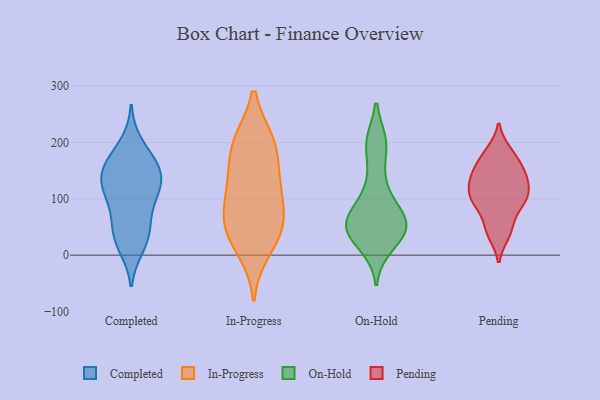
{"axis": {"x": "Tickets Resolved", "y": "Value"}, "legend": ["Completed", "In-Progress", "On-Hold", "Pending"], "data": [{"x": "", "y": 198, "type": "Completed"}, {"x": "", "y": 159, "type": "Completed"}, {"x": "", "y": 164, "type": "Completed"}, {"x": "", "y": 22, "type": "Completed"}, {"x": "", "y": 112, "type": "Completed"}, {"x": "", "y": 125, "type": "Completed"}, {"x": "", "y": 147, "type": "Completed"}, {"x": "", "y": 14, "type": "Completed"}, {"x": "", "y": 139, "type": "Completed"}, {"x": "", "y": 170, "type": "Completed"}, {"x": "", "y": 37, "type": "Completed"}, {"x": "", "y": 52, "type": "Completed"}, {"x": "", "y": 132, "type": "Completed"}, {"x": "", "y": 59, "type": "Completed"}, {"x": "", "y": 100, "type": "Completed"}, {"x": "", "y": 101, "type": "Completed"}, {"x": "", "y": 134, "type": "In-Progress"}, {"x": "", "y": 78, "type": "In-Progress"}, {"x": "", "y": 43, "type": "In-Progress"}, {"x": "", "y": 10, "type": "In-Progress"}, {"x": "", "y": 50, "type": "In-Progress"}, {"x": "", "y": 197, "type": "In-Progress"}, {"x": "", "y": 136, "type": "In-Progress"}, {"x": "", "y": 52, "type": "In-Progress"}, {"x": "", "y": 200, "type": "In-Progress"}, {"x": "", "y": 106, "type": "In-Progress"}, {"x": "", "y": 200, "type": "In-Progress"}, {"x": "", "y": 49, "type": "On-Hold"}, {"x": "", "y": 68, "type": "On-Hold"}, {"x": "", "y": 49, "type": "On-Hold"}, {"x": "", "y": 23, "type": "On-Hold"}, {"x": "", "y": 81, "type": "On-Hold"}, {"x": "", "y": 200, "type": "On-Hold"}, {"x": "", "y": 54, "type": "On-Hold"}, {"x": "", "y": 200, "type": "On-Hold"}, {"x": "", "y": 40, "type": "On-Hold"}, {"x": "", "y": 139, "type": "On-Hold"}, {"x": "", "y": 112, "type": "On-Hold"}, {"x": "", "y": 50, "type": "On-Hold"}, {"x": "", "y": 198, "type": "On-Hold"}, {"x": "", "y": 16, "type": "On-Hold"}, {"x": "", "y": 50, "type": "On-Hold"}, {"x": "", "y": 74, "type": "On-Hold"}, {"x": "", "y": 97, "type": "Pending"}, {"x": "", "y": 184, "type": "Pending"}, {"x": "", "y": 111, "type": "Pending"}, {"x": "", "y": 144, "type": "Pending"}, {"x": "", "y": 52, "type": "Pending"}, {"x": "", "y": 91, "type": "Pending"}, {"x": "", "y": 141, "type": "Pending"}, {"x": "", "y": 136, "type": "Pending"}, {"x": "", "y": 170, "type": "Pending"}, {"x": "", "y": 37, "type": "Pending"}, {"x": "", "y": 103, "type": "Pending"}]}